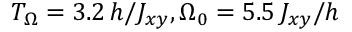
T _ { \Omega } = 3 . 2 \, h / J _ { x y } , \Omega _ { 0 } = 5 . 5 \, J _ { x y } / h